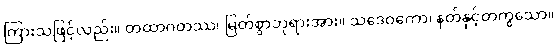
ကြားသဖြင့်လည်း။ တထာဂတဿ၊ မြတ်စွာဘုရားအား။ သဒေဝကော၊ နတ်နှင့်တကွသော။